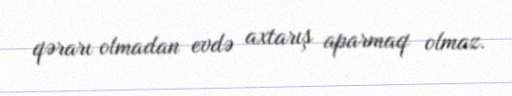
qərarı olmadan evdə axtarış aparmaq olmaz.